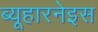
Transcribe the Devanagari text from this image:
ब्यूहारनेइस